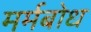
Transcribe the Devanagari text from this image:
मर्मबोध